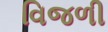
વિજળી